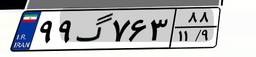
۵۷گ۶۸۰۸۶